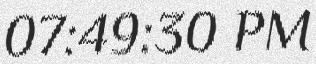
07:49:30 PM